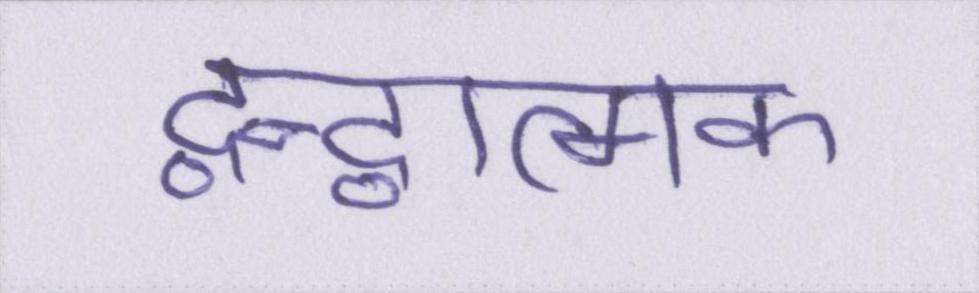
द्वन्द्वात्मक